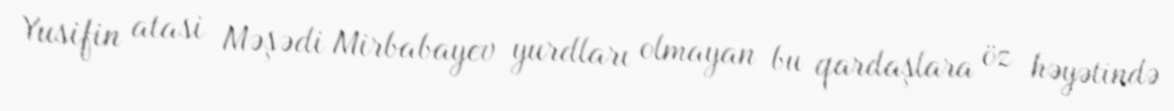
Yusifin atasi Məşədi Mirbabayev yurdları olmayan bu qardaşlara öz həyətində